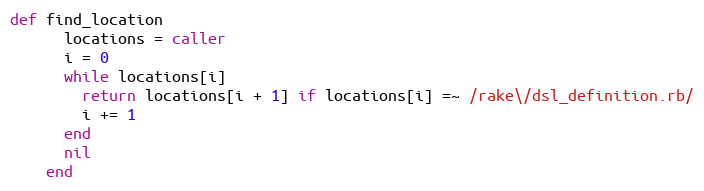
Language: Ruby
def find_location
      locations = caller
      i = 0
      while locations[i]
        return locations[i + 1] if locations[i] =~ /rake\/dsl_definition.rb/
        i += 1
      end
      nil
    end